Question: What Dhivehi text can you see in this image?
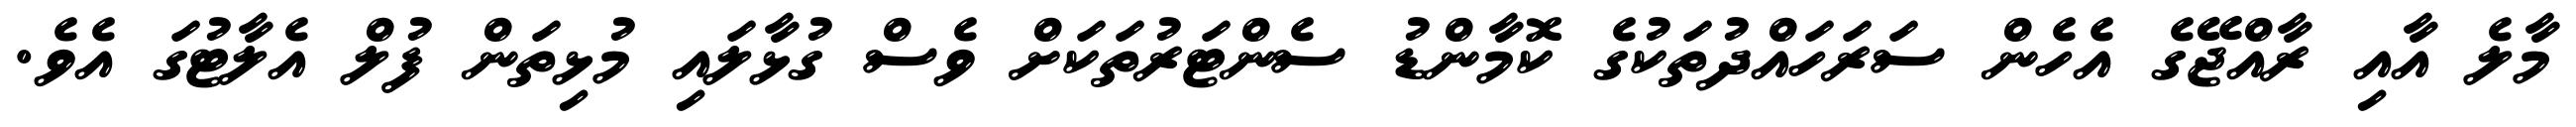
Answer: މާލެ އާއި ރާއްޖޭގެ އެހެން ސަރަހައްދުތަކުގެ ކޮމާންޑު ސެންޓަރުތަކަށް ވެސް ގުޅާލައި މުޅިތަން ފުލް އެލާޓުގަ އެވެ.